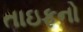
તાઇફનો